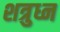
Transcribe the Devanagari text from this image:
शत्रुध्न